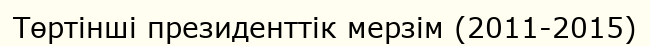
Төртінші президенттік мерзім (2011-2015)